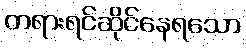
တရားရင်ဆိုင်နေရသော